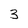
Character: 3